Report on vaccination proceedings throughout the Government of Bengal -
Year: 1868
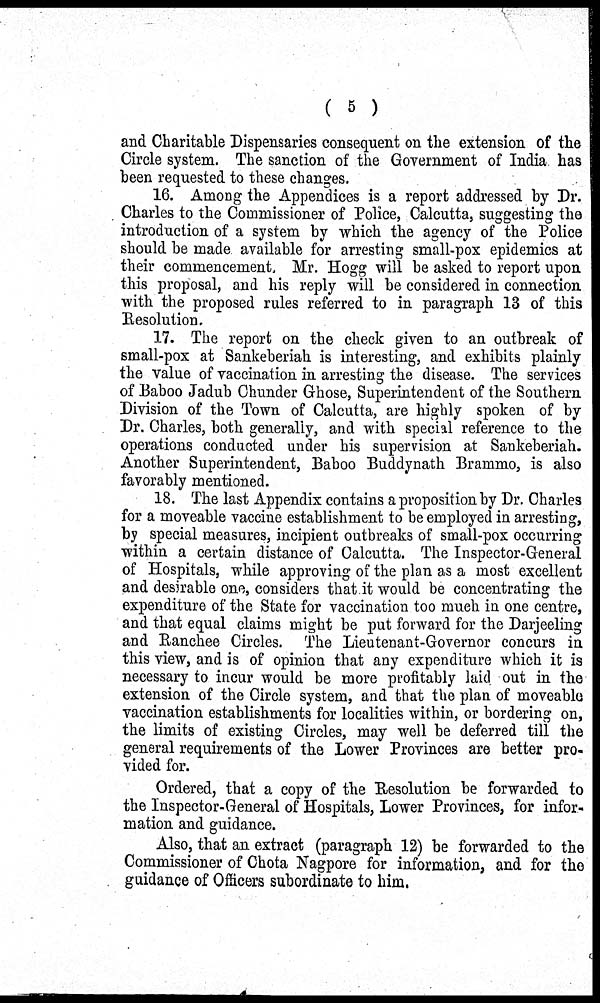
( 5 )
and Charitable Dispensaries consequent on the extension of the
Circle system. The sanction of the Government of India has
been requested to these changes.
16. Among the Appendices is a report addressed by Dr.
Charles to the Commissioner of Police, Calcutta, suggesting the
introduction of a system by which the agency of the Police
should be made available for arresting small-pox epidemics at
their commencement. Mr. Hogg will be asked to report upon
this proposal, and his reply will be considered in connection
with the proposed rules referred to in paragraph 13 of this
Resolution.
17. The report on the check given to an outbreak of
small-pox at Sankeberiah is interesting, and exhibits plainly
the value of vaccination in arresting the disease. The services
of Baboo Jadub Chunder Ghose, Superintendent of the Southern
Division of the Town of Calcutta, are highly spoken of by
Dr. Charles, both generally, and with special reference to the
operations conducted under his supervision at Sankeberiah.
Another Superintendent, Baboo Buddynath Brammo, is also
favorably mentioned.
18. The last Appendix contains a proposition by Dr. Charles
for a moveable vaccine establishment to be employed in arresting,
by special measures, incipient outbreaks of small-pox occurring
within a certain distance of Calcutta. The Inspector-General
of Hospitals, while approving of the plan as a most excellent
and desirable one, considers that it would be concentrating the
expenditure of the State for vaccination too much in one centre,
and that equal claims might be put forward for the Darjeeling
and Ranchee Circles. The Lieutenant-Governor concurs in
this view, and is of opinion that any expenditure which it is
necessary to incur would be more profitably laid out in the
extension of the Circle system, and that the plan of moveable
vaccination establishments for localities within, or bordering on,
the limits of existing Circles, may well be deferred till the
general requirements of the Lower Provinces are better pro-
vided for.
Ordered, that a copy of the Resolution be forwarded to
the Inspector-General of Hospitals, Lower Provinces, for infor-
mation and guidance.
Also, that an extract (paragraph 12) be forwarded to the
Commissioner of Chota Nagpore for information, and for the
guidance of Officers subordinate to him.